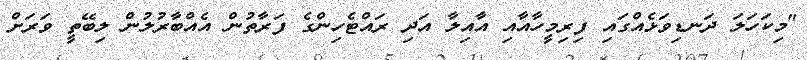
"މިކަހަލަ ދަނޑިވަޅެއްގައި ފިރިމީހާއާއި އާއިލާ އަދި ރައްޓެހިންގެ ފަރާތުން އެއްބާރުލުން ލިބޭތީ ވަރަށް